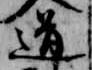
道